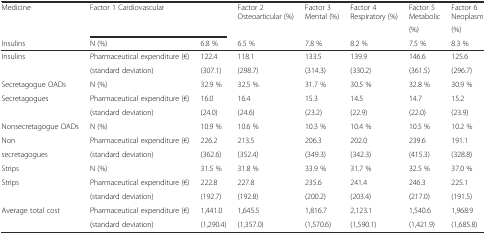
<table><thead><tr><td rowspan="2"><b>Medicine</b></td><td rowspan="2" colspan="2"><b>Factor 1 Cardiovascular</b></td><td rowspan="2"><b>Factor 2 Osteoarticular (%)</b></td><td rowspan="2"><b>Factor 3 Mental (%)</b></td><td rowspan="2"><b>Factor 4 Respiratory (%)</b></td><td><b>Factor 5 Metabolic</b></td><td><b>Factor 6 Neoplasm</b></td></tr><tr><td><b>(%)</b></td><td><b>(%)</b></td></tr><tr><td><b>Insulins</b></td><td><b>N (%)</b></td><td><b>6.8 %</b></td><td><b>6.5 %</b></td><td><b>7.8 %</b></td><td><b>8.2 %</b></td><td><b>7.5 %</b></td><td><b>8.3 %</b></td></tr></thead><tbody><tr><td rowspan="2">Insulins</td><td>Pharmaceutical expenditure (€)</td><td>122.4</td><td>118.1</td><td>133.5</td><td>139.9</td><td>146.6</td><td>125.6</td></tr><tr><td>(standard deviation)</td><td>(307.1)</td><td>(298.7)</td><td>(314.3)</td><td>(330.2)</td><td>(361.5)</td><td>(296.7)</td></tr><tr><td>Secretagogue OADs</td><td>N (%)</td><td>32.9 %</td><td>32.5 %</td><td>31.7 %</td><td>30.5 %</td><td>32.8 %</td><td>30.9 %</td></tr><tr><td rowspan="2">Secretagogues</td><td>Pharmaceutical expenditure (€)</td><td>16.0</td><td>16.4</td><td>15.3</td><td>14.5</td><td>14.7</td><td>15.2</td></tr><tr><td>(standard deviation)</td><td>(24.0)</td><td>(24.6)</td><td>(23.2)</td><td>(22.9)</td><td>(22.0)</td><td>(23.9)</td></tr><tr><td>Nonsecretagogue OADs</td><td>N (%)</td><td>10.9 %</td><td>10.6 %</td><td>10.3 %</td><td>10.4 %</td><td>10.5 %</td><td>10.2 %</td></tr><tr><td>Non</td><td>Pharmaceutical expenditure (€)</td><td>226.2</td><td>213.5</td><td>206.3</td><td>202.0</td><td>239.6</td><td>191.1</td></tr><tr><td>secretagogues</td><td>(standard deviation)</td><td>(362.6)</td><td>(352.4)</td><td>(349.3)</td><td>(342.3)</td><td>(415.3)</td><td>(328.8)</td></tr><tr><td>Strips</td><td>N (%)</td><td>31.5 %</td><td>31.8 %</td><td>33.9 %</td><td>31.7 %</td><td>32.5 %</td><td>37.0 %</td></tr><tr><td rowspan="2">Strips</td><td>Pharmaceutical expenditure (€)</td><td>222.8</td><td>227.8</td><td>235.6</td><td>241.4</td><td>246.3</td><td>225.1</td></tr><tr><td>(standard deviation)</td><td>(192.7)</td><td>(192.8)</td><td>(200.2)</td><td>(203.4)</td><td>(217.0)</td><td>(191.5)</td></tr><tr><td rowspan="2">Average total cost</td><td>Pharmaceutical expenditure (€)</td><td>1,441.0</td><td>1,645.5</td><td>1,816.7</td><td>2,123.1</td><td>1,540.6</td><td>1,968.9</td></tr><tr><td>(standard deviation)</td><td>(1,290.4)</td><td>(1,357.0)</td><td>(1,570.6)</td><td>(1,590.1)</td><td>(1,421.9)</td><td>(1,685.8)</td></tr></tbody></table>